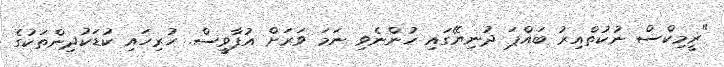
"ރީމިކްސް ނުކުތްއިރު ބައްޕަ ދުނިޔޭގައި ހުންނެވި ނަމަ ވަރަށް އުފާވީސް. ހުރިހައި ކުޑަކުދިންތަކުގެ